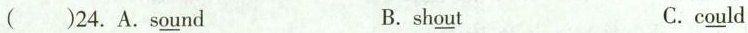
( )24. A.s\underline{ou}nd B. sh\underline{ou}t C. c\underline{ou}ld